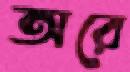
অরে